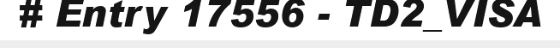
# Entry 17556 - TD2_VISA